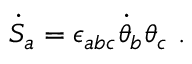
{ \dot { S } } _ { a } = \epsilon _ { a b c } { \dot { \theta } } _ { b } \theta _ { c } \ .